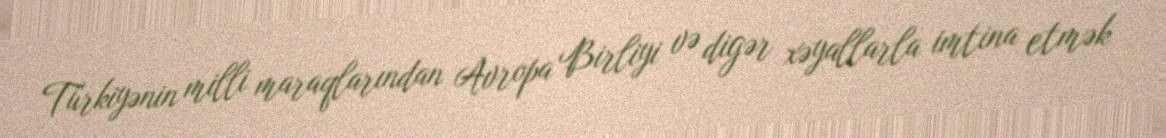
Türkiyənin milli maraqlarından Avropa Birliyi və digər xəyallarla imtina etmək